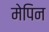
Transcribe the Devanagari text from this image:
मेपिन